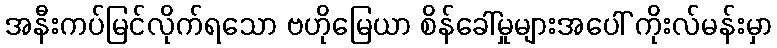
အနီးကပ်မြင်လိုက်ရသော ဗဟိုမြေယာ စိန်ခေါ်မှုများအပေါ် ကိုးလ်မန်းမှာ